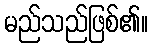
မည်သည်ဖြစ်၏။